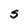
Character: S